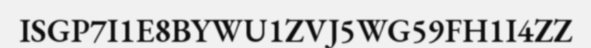
ISGP7I1E8BYWU1ZVJ5WG59FH1I4ZZ